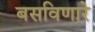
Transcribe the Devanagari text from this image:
बसविणारे